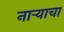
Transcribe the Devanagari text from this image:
नाऱ्याचा